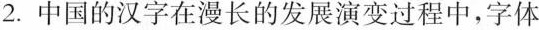
2.中国的汉字在漫长的发展演变过程中，字体